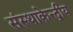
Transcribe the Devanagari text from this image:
संस्थाकेन्द्रीय